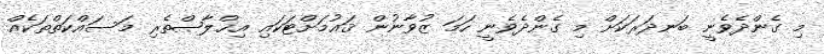
މި ގެންދެވެނީ ބަނދަރަކަށް މި ގެންދެވެނީ ހަމަ ޒުވާނުން ޤައުމަށްޓަކައި އިޚްލާޞްތެރި މަސައްކަތްތަކެއް